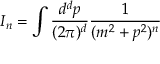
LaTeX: I _ { n } = \int \frac { d ^ { d } p } { ( 2 \pi ) ^ { d } } \frac { 1 } { ( m ^ { 2 } + p ^ { 2 } ) ^ { n } }